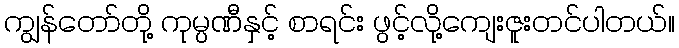
ကျွန်တော်တို့ ကုမ္ပဏီနှင့် စာရင်း ဖွင့်လို့ကျေးဇူးတင်ပါတယ်။